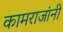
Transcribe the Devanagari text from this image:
कामराजांनी